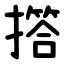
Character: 撘